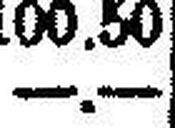
—.—